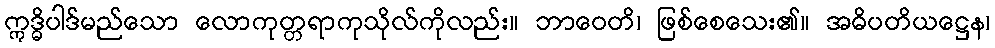
ဣဒ္ဓိပါဒ်မည်သော လောကုတ္တရာကုသိုလ်ကိုလည်း။ ဘာဝေတိ၊ ဖြစ်စေသေး၏။ အဓိပတိယဋ္ဌေန၊